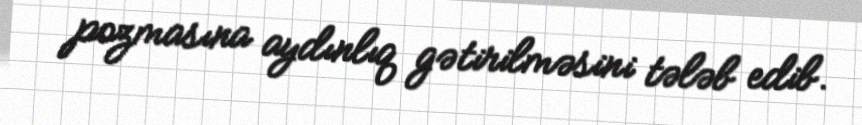
pozmasına aydınlıq gətirilməsini tələb edib.